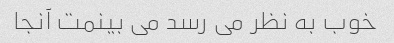
خوب به نظر می رسد می بینمت آنجا